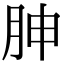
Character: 胂